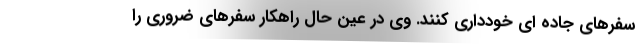
سفرهای جاده ای خودداری کنند. وی در عین حال راهکار سفرهای ضروری را